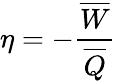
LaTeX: \eta=-\frac{\overline{{W}}}{\overline{{Q}}}